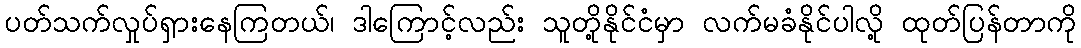
ပတ်သက်လှုပ်ရှားနေကြတယ်၊ ဒါကြောင့်လည်း သူတို့နိုင်ငံမှာ လက်မခံနိုင်ပါလို့ ထုတ်ပြန်တာကို